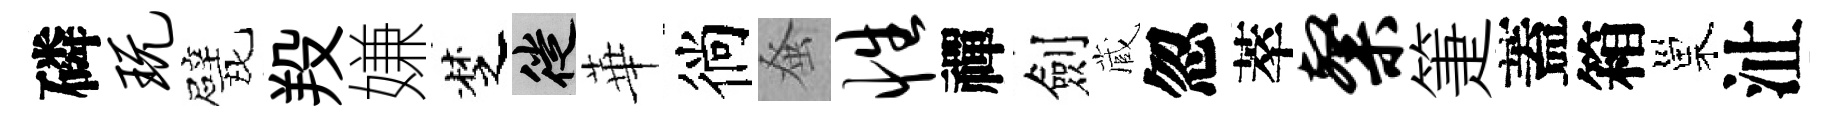
磷玩戏羖嫌椘徙華徜𫊫性禪劍蔵忽萃粲箑蓋箱巢沚